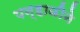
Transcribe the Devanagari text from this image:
पन्हाळीने